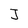
Character: J